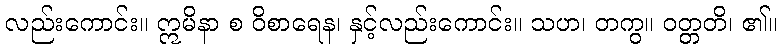
လည်းကောင်း။ ဣမိနာ စ ဝိစာရေန၊ နှင့်လည်းကောင်း။ သဟ၊ တကွ။ ဝတ္တတိ၊ ၏။